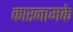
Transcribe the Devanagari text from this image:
कारनामके